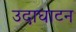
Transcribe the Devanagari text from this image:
उदाघाटन